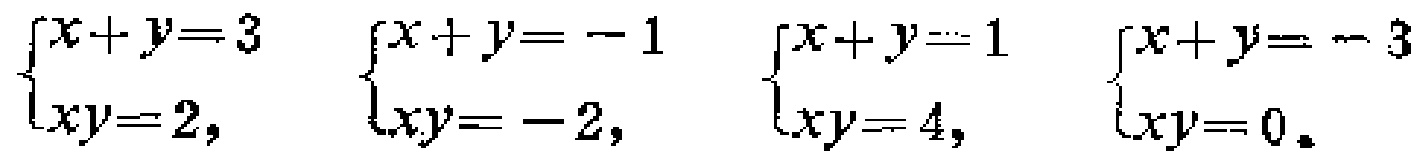
\(\begin{cases}

x + y = 3 \\

xy = 2,

\end{cases}\)

\(\begin{cases}

x + y = -1 \\

xy = -2,

\end{cases}\)

\(\begin{cases}

x + y = 1 \\

xy = 4,

\end{cases}\)

\(\begin{cases}

x + y = -3 \\

xy = 0.

\end{cases}\)